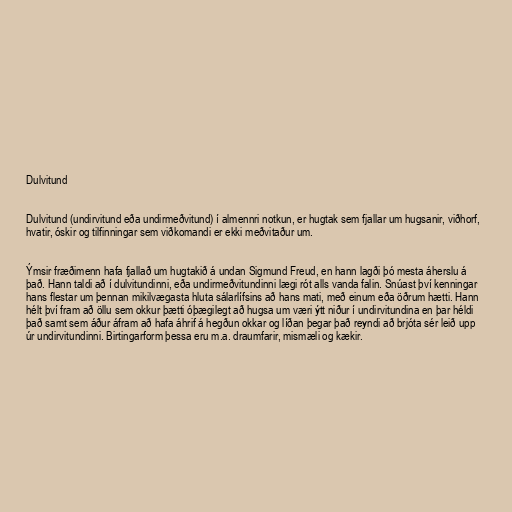
Dulvitund

Dulvitund (undirvitund eða undirmeðvitund) í almennri notkun, er hugtak sem fjallar um hugsanir, viðhorf,
hvatir, óskir og tilfinningar sem viðkomandi er ekki meðvitaður um.

Ýmsir fræðimenn hafa fjallað um hugtakið á undan Sigmund Freud, en hann lagði þó mesta áherslu á
það. Hann taldi að í dulvitundinni, eða undirmeðvitundinni lægi rót alls vanda falin. Snúast því kenningar
hans flestar um þennan mikilvægasta hluta sálarlífsins að hans mati, með einum eða öðrum hætti. Hann
hélt því fram að öllu sem okkur þætti óþægilegt að hugsa um væri ýtt niður í undirvitundina en þar héldi
það samt sem áður áfram að hafa áhrif á hegðun okkar og líðan þegar það reyndi að brjóta sér leið upp
úr undirvitundinni. Birtingarform þessa eru m.a. draumfarir, mismæli og kækir.